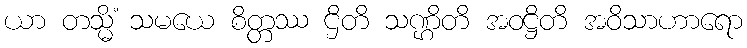
ယာ တသ္မိံ သမယေ စိတ္တဿ ဌိတိ သဏ္ဌိတိ အဝဋ္ဌိတိ အဝိသာဟာရော